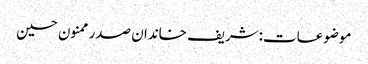
موضوعات:شریف خاندان صدر ممنون حسین